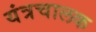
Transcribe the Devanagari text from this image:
यंत्रचालक